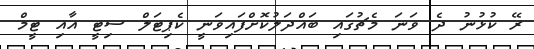
ރޭ ކުޅުނު ދެ ވަނަ މެޗުގައި ބައްދަލުކޮށްފައިވަނީ ކެޕިޓަލް ސިޓީ އާއި ޓީމް